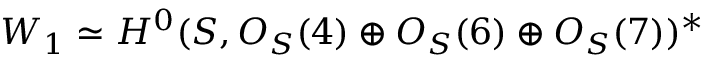
W _ { 1 } \simeq H ^ { 0 } ( { \cal S } , { \cal O } _ { { \cal S } } ( 4 ) \oplus { \cal O } _ { { \cal S } } ( 6 ) \oplus { \cal O } _ { { \cal S } } ( 7 ) ) ^ { * }